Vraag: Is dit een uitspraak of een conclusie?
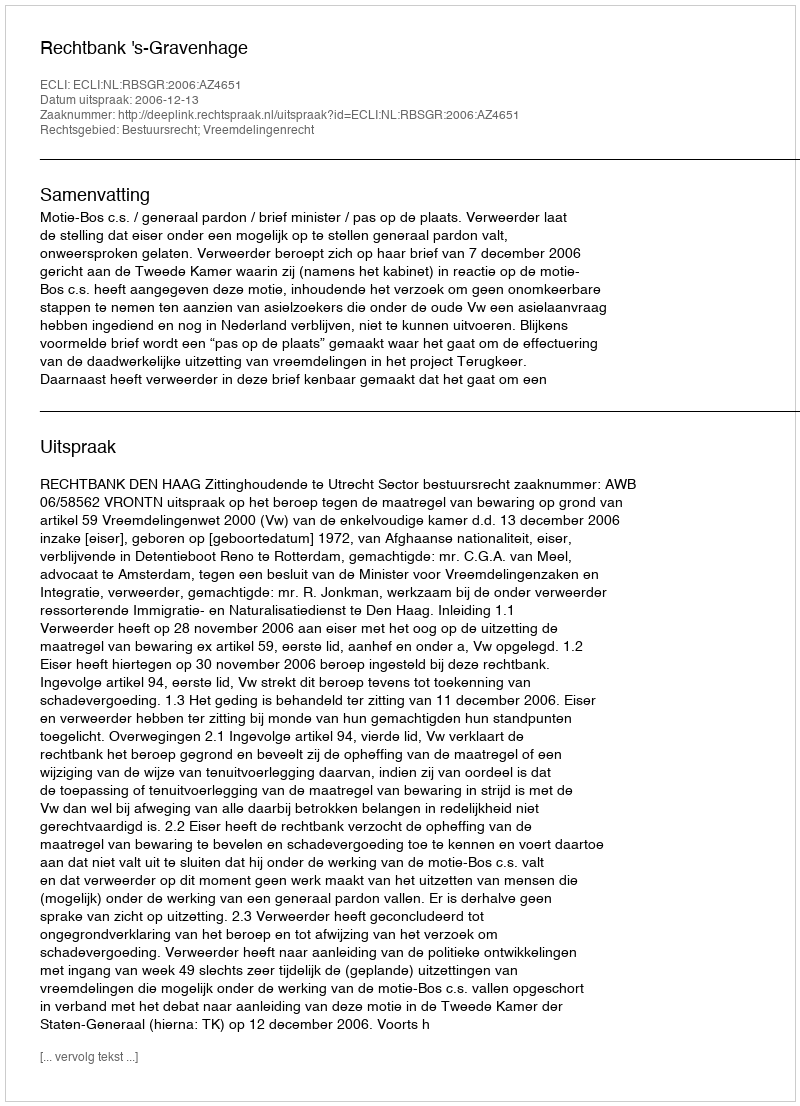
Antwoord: Uitspraak